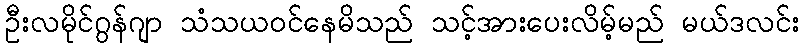
ဦးလမိုင်ဂွန်ဂျာ သံသယဝင်နေမိသည် သင့်အားပေးလိမ့်မည် မယ်ဒလင်း